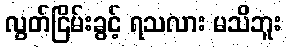
လွတ်ငြိမ်းခွင့် ရသလား မသိဘူး